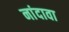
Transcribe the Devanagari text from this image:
नांदावा